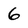
Character: 6